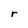
Character: r